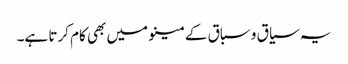
یہ سیاق و سباق کے مینو میں بھی کام کرتا ہے۔